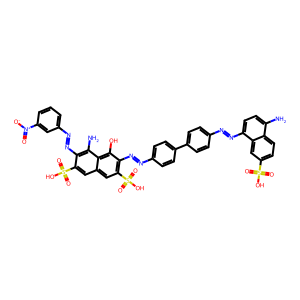
SMILES: Nc1ccc(N=Nc2ccc(-c3ccc(N=Nc4c(S(=O)(=O)O)cc5cc(S(=O)(=O)O)c(N=Nc6cccc([N+](=O)[O-])c6)c(N)c5c4O)cc3)cc2)c2cc(S(=O)(=O)O)ccc12
Inhibits HIV replication: Yes